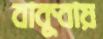
বাকুবায়